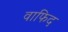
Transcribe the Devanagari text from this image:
वाफिद